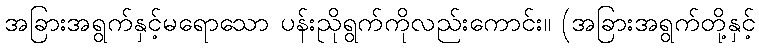
အခြားအရွက်နှင့်မရောသော ပန်းညိုရွက်ကိုလည်းကောင်း။ (အခြားအရွက်တို့နှင့်